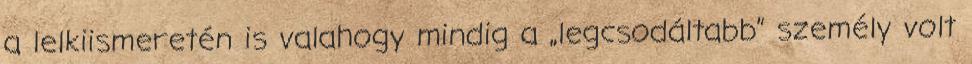
a lelkiismeretén is valahogy mindig a „legcsodáltabb” személy volt